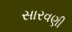
સારવણી